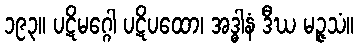
၁၉၃။ ပဋိမဂ္ဂေါ ပဋိပထော၊ အဒ္ဓါနံ ဒီဃ မဉ္ဇသံ။